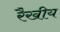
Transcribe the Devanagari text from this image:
रैखीय